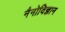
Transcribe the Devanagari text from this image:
नैनोविज्ञान